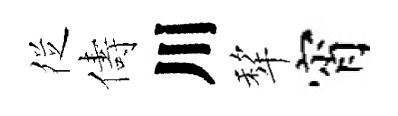
徔儔川犂宵